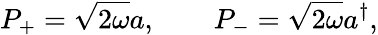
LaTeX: P_{+}=\sqrt{2\omega}a,\qquad P_{-}=\sqrt{2\omega}a^{\dagger},